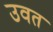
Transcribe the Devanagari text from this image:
उवत